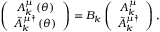
\left( \begin{array} { c } { { A _ { k } ^ { \mu } \left( \theta \right) } } \\ { { \tilde { A } _ { k } ^ { \mu \dagger } \left( \theta \right) } } \end{array} \right) = { \cal B } _ { k } \left( \begin{array} { c } { { A _ { k } ^ { \mu } } } \\ { { \tilde { A } _ { k } ^ { \mu \dagger } } } \end{array} \right) ,